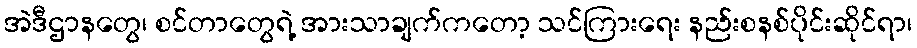
အဲဒီဌာနတွေ၊ စင်တာတွေရဲ့ အားသာချက်ကတော့ သင်ကြားရေး နည်းစနစ်ပိုင်းဆိုင်ရာ၊